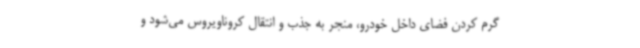
گرم کردن فضای داخل خودرو، منجر به جذب و انتقال کروناویروس می‌شود و